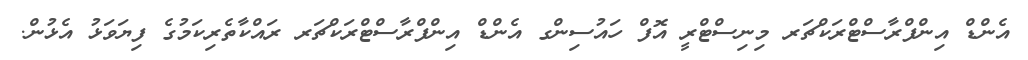
އެންޑް އިންފްރާސްޓްރަކްޗަރ މިނިސްޓްރީ އޮފް ހައުސިންގ އެންޑް އިންފްރާސްޓްރަކްޗަރ ރައްކާތެރިކަމުގެ ފިޔަވަޅު އެޅުން.